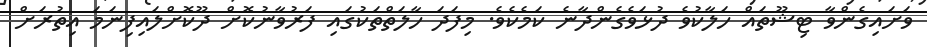
ވަށައިގެންވާ ޓިޝޫތައް ހަލާކުވެ ދުޅަވެގެންދާނެ ކަމެކެވެ. މިފަދަ ހާލަތްތަކުގައި ފަރުވާނުކޮށް ދޫކޮށްލައިފިނަމަ އިތުރަށް